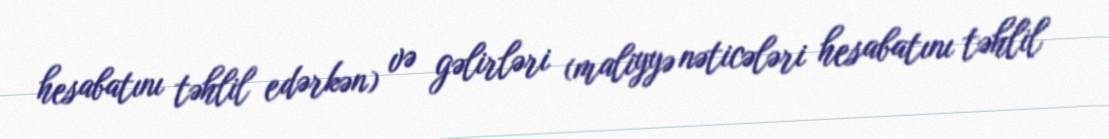
hesabatını təhlil edərkən) və gəlirləri (maliyyə nəticələri hesabatını təhlil